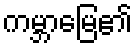
ကမ္ဘာမြေ၏